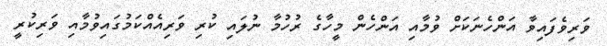
ވަރިވެފައިވާ އަންހެނަކަށް ވުމާއި އަންހެން މީހާގެ ރުހުމާ ނުލައި ކުރި ވަރިއެއްކަމުގައިވުމާއި ވަރިކުރީ